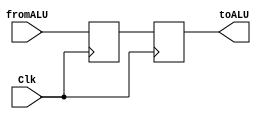
`timescale 1ns / 1ps
//////////////////////////////////////////////////////////////////////////////////
// Company: 
// Engineer: 
// 
// Design Name: 
// Module Name: hiloReg
// Project Name: 
// Target Devices: 
// Tool Versions: 
// Description: 
// 
// Dependencies: 
// 
// Revision:
// Revision 0.01 - File Created
// Additional Comments:
// 
//////////////////////////////////////////////////////////////////////////////////


module hiloReg(fromALU, toALU, Clk);
    input Clk;
    input [31:0] fromALU;
    
    reg [31:0] val;
    
    output reg [31:0] toALU;
    
    always @(posedge Clk) begin
        val <= fromALU;
    end
    
    always @(negedge Clk) begin
        toALU <= val;
    end
endmodule